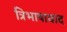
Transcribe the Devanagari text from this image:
त्रिभाषावाद